Report of the Municipal Commissioner on the plague in Bombay for the year ending 31st May... - Volume 3
Disease focus: Plague
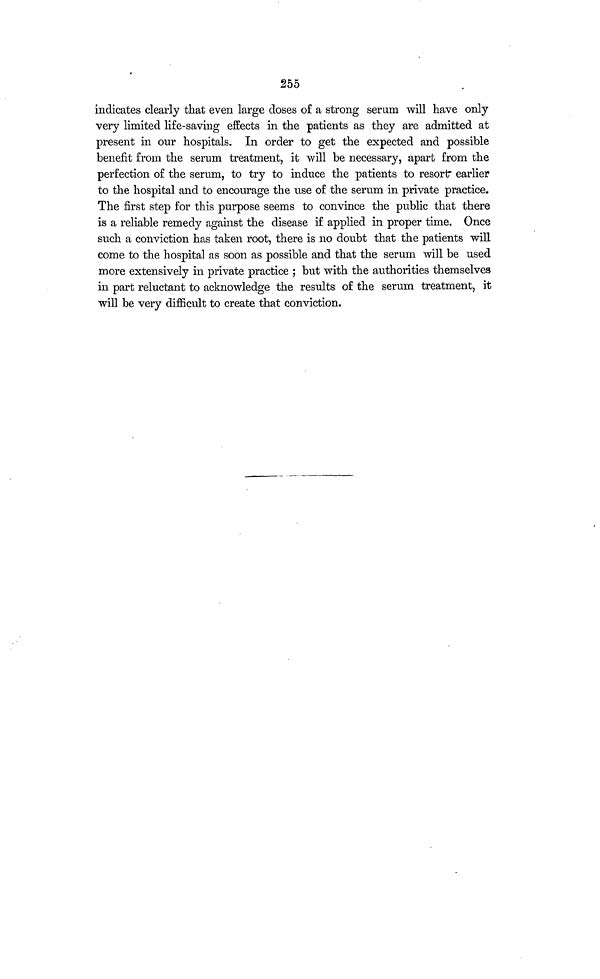
255
indicates clearly that even large doses of a strong serum will have only
very limited life-saving effects in the patients as they are admitted at
present in our hospitals. In order to get the expected and possible
benefit from the serum treatment, it will be necessary, apart from the
perfection of the serum, to try to induce the patients to resortr earlier
to the hospital and to encourage the use of the serum in private practice.
The first step for this purpose seems to convince the public that there
is a reliable remedy against the disease if applied in proper time. Once
such a conviction has taken root, there is no doubt that the patients will
come to the hospital as soon as possible and that the serum will be used
more extensively in private practice ; but with the authorities themselves
in part reluctant to acknowledge the results of the serum treatment, it
will be very difficult to create that conviction.